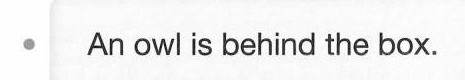
An owl is behind the box.